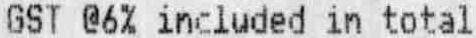
GST @6% INCLUDED IN TOTAL